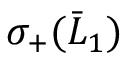
\sigma _ { + } ( \bar { L } _ { 1 } )